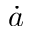
\dot { a }